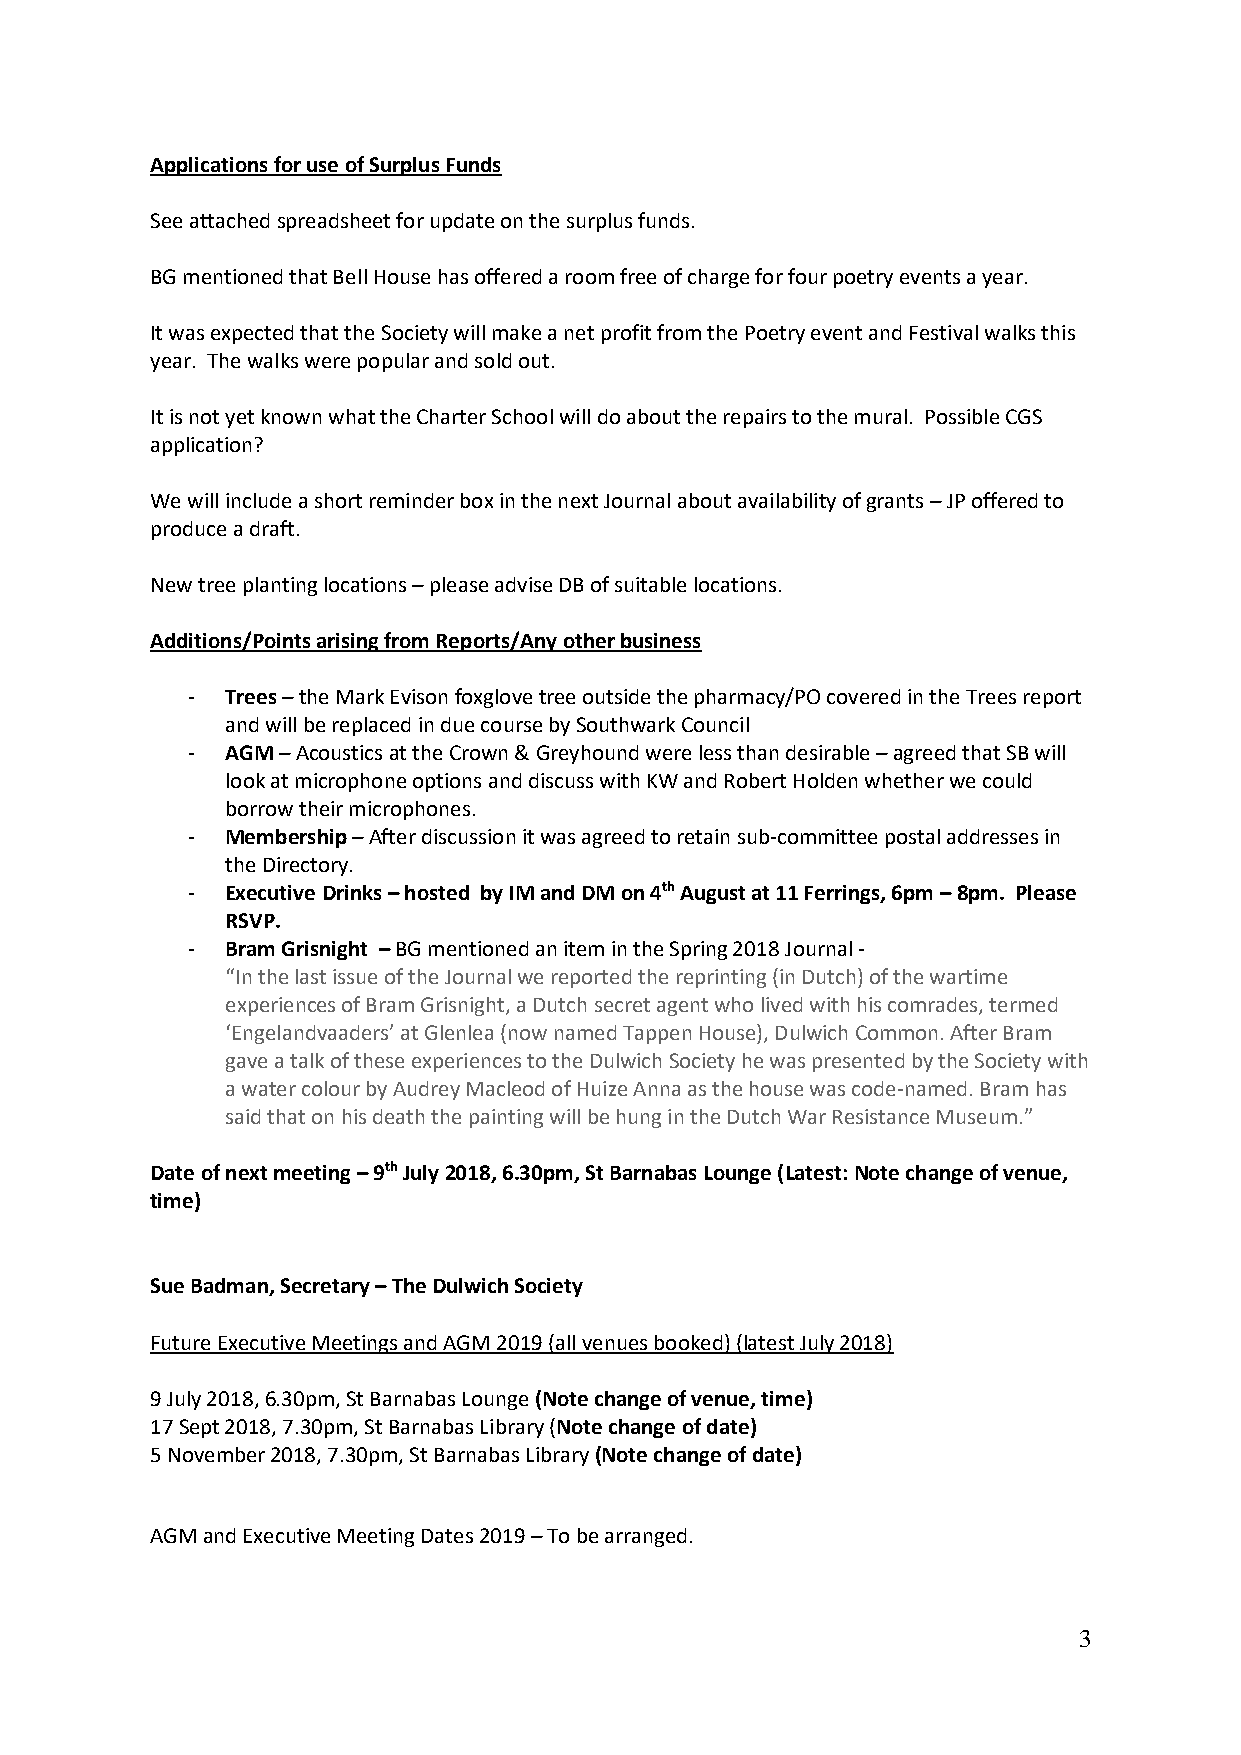
Applications for use of Surplus Funds
 See attached spreadsheet for update on the surplus funds.
 BG mentioned that Bell House has offered a room free of charge for four poetry events a year.
 It was expected that the Society will make a net profit from the Poetry event and Festival walks this
 year. The walks were popular and sold out.
 It is not yet known what the Charter School will do about the repairs to the mural. Possible CGS
 application?
 We will include a short reminder box in the next Journal about availability of grants – JP offered to
 produce a draft.
 New tree planting locations – please advise DB of suitable locations.
 Additions/Points arising from Reports/Any other business
 -  Trees – the Mark Evison foxglove tree outside the pharmacy/PO covered in the Trees report
 and will be replaced in due course by Southwark Council
 -  AGM – Acoustics at the Crown & Greyhound were less than desirable – agreed that SB will
 look at microphone options and discuss with KW and Robert Holden whether we could
 borrow their microphones.
 -  Membership – After discussion it was agreed to retain sub-committee postal addresses in
 the Directory.
 -  Executive Drinks – hosted by IM and DM on 4th August at 11 Ferrings, 6pm – 8pm. Please
 RSVP.
 -  Bram Grisnight – BG mentioned an item in the Spring 2018 Journal -
 “In the last issue of the Journal we reported the reprinting (in Dutch) of the wartime
 experiences of Bram Grisnight, a Dutch secret agent who lived with his comrades, termed
 ‘Engelandvaaders’ at Glenlea (now named Tappen House), Dulwich Common. After Bram
 gave a talk of these experiences to the Dulwich Society he was presented by the Society with
 a water colour by Audrey Macleod of Huize Anna as the house was code-named. Bram has
 said that on his death the painting will be hung in the Dutch War Resistance Museum.”
 Date of next meeting – 9th July 2018, 6.30pm, St Barnabas Lounge (Latest: Note change of venue,
 time)
 Sue Badman, Secretary – The Dulwich Society
 Future Executive Meetings and AGM 2019 (all venues booked) (latest July 2018)
 9 July 2018, 6.30pm, St Barnabas Lounge (Note change of venue, time)
 17 Sept 2018, 7.30pm, St Barnabas Library (Note change of date)
 5 November 2018, 7.30pm, St Barnabas Library (Note change of date)
 AGM and Executive Meeting Dates 2019 – To be arranged.
 3